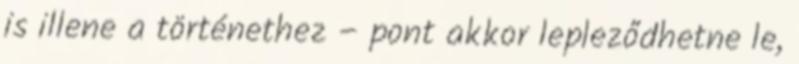
is illene a történethez – pont akkor lepleződhetne le,